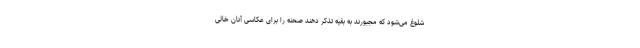
شلوغ می‌شود که مجبورند به بقیه تذکر دهند صحنه را برای عکاسی آنان خالی